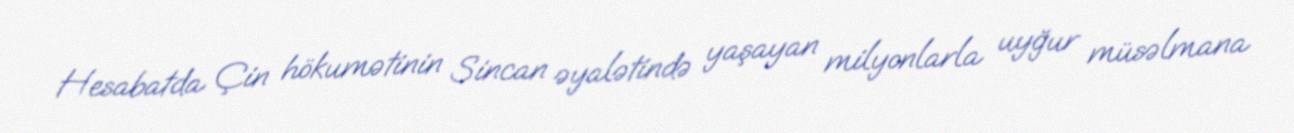
Hesabatda Çin hökumətinin Sincan əyalətində yaşayan milyonlarla uyğur müsəlmana